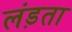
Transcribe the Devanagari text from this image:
लंड़ता